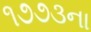
૧૭૭૩ના